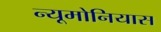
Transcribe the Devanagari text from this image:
न्यूमोनियास